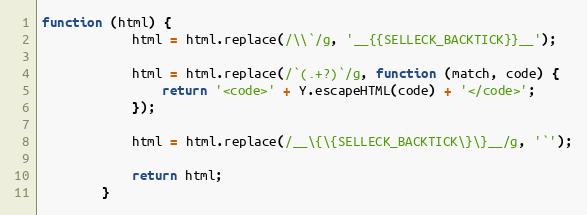
Language: JavaScript
function (html) {
            html = html.replace(/\\`/g, '__{{SELLECK_BACKTICK}}__');

            html = html.replace(/`(.+?)`/g, function (match, code) {
                return '<code>' + Y.escapeHTML(code) + '</code>';
            });

            html = html.replace(/__\{\{SELLECK_BACKTICK\}\}__/g, '`');

            return html;
        }